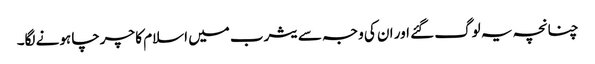
چنانچہ یہ لوگ گئے اور ان کی وجہ سے یثرب میں اسلام کا چرچا ہونے لگا۔